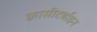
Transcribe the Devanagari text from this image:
क्वासीटर्बाइन